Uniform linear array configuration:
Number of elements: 4
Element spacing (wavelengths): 0.5
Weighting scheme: uniform
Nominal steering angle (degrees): -45
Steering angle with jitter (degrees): -46.298
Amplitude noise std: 0.05
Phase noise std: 0.05

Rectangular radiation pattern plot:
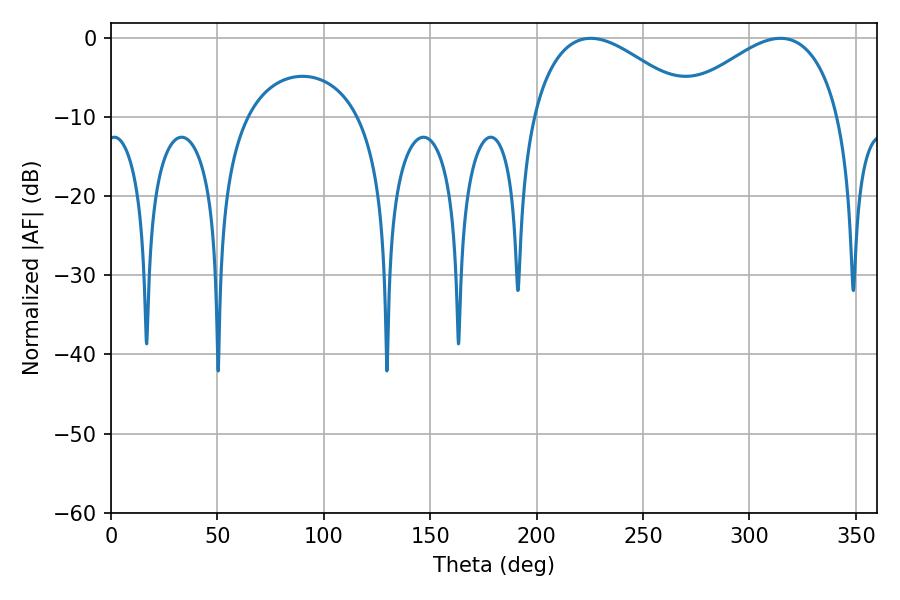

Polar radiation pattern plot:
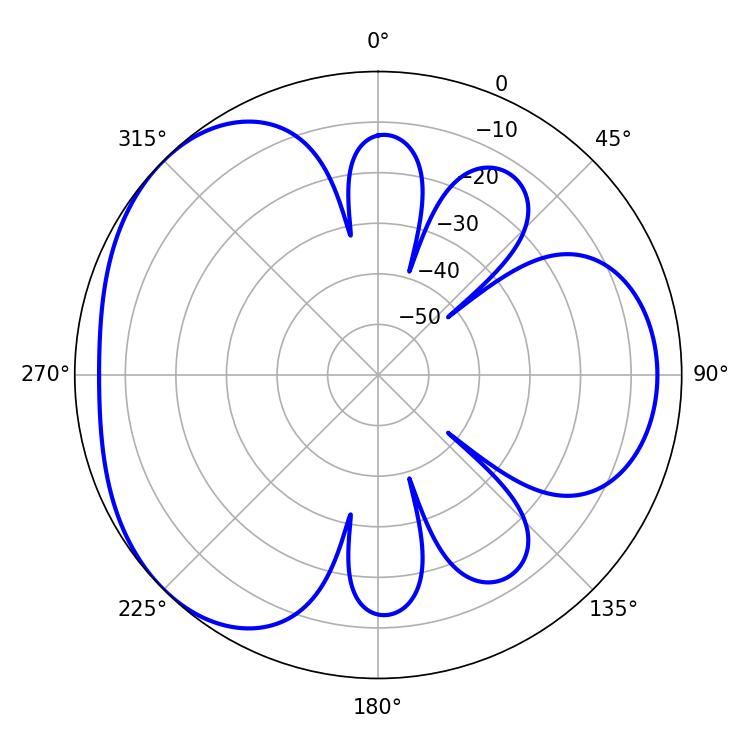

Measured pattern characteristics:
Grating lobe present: FALSE
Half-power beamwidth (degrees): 42.12
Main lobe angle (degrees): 225.36